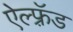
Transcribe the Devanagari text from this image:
ऐल्फ़्रॅड